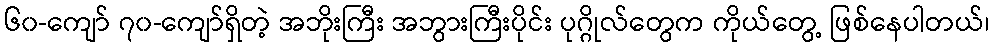
၆၀-ကျော် ၇၀-ကျော်ရှိတဲ့ အဘိုးကြီး အဘွားကြီးပိုင်း ပုဂ္ဂိုလ်တွေက ကိုယ်တွေ့ ဖြစ်နေပါတယ်၊